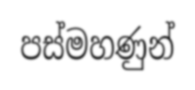
පස්මහණුන්